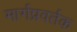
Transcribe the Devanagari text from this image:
मार्गप्रवर्तक